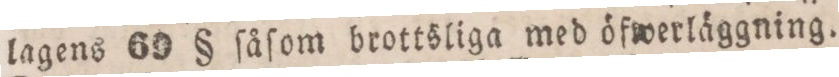
lagens 69 § ſåſom brottsliga med öfwerläggning.